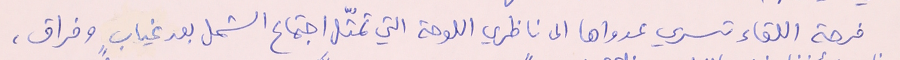
فرحة اللقاء تسري عدواها الى ناظري اللوحة التي تمثّل اجتماع الشمل بعد غيابٍ وفراق،